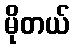
မိုတယ်